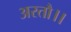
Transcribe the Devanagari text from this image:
अरतौ।।